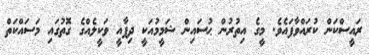
ރައީސްކަން ކުރައްވާފައެވެ. މީގެ އިތުރުން ޙުސައިން ޝަމީމުއަކީ ދިފާއީ ވަކީލެއްގެ ގޮތުގައި މަސައްކަތް